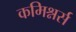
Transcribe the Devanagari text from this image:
कमिश्नर्स